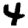
Digit: 4